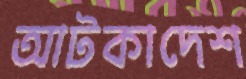
আটকাদেশ